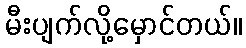
မီးပျက်လို့မှောင်တယ်။